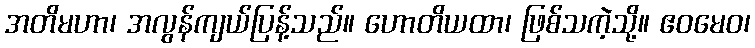
အတိမဟာ၊ အလွန်ကျယ်ပြန့်သည်။ ဟောတိယထာ၊ ဖြစ်သကဲ့သို့။ ဧဝမေဝ၊